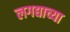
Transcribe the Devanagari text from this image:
लगद्याच्या